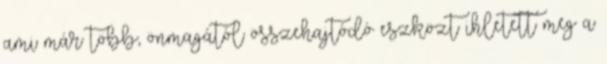
ami már több, önmagától összehajtódó eszközt ihletett meg a